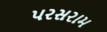
પરસરામ